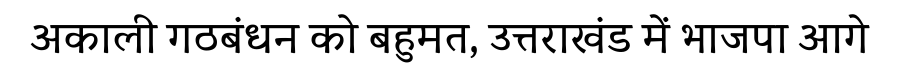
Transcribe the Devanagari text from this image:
अकाली गठबंधन को बहुमत, उत्तराखंड में भाजपा आगे